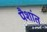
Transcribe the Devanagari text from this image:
पैशांत